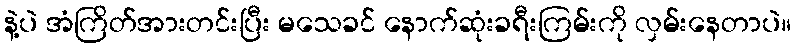
နဲ့ပဲ အံကြိတ်အားတင်းပြီး မသေခင် နောက်ဆုံးခရီးကြမ်းကို လှမ်းနေတာပဲ။